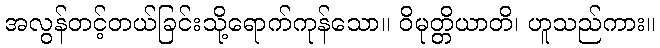
အလွန်တင့်တယ်ခြင်းသို့ရောက်ကုန်သော။ ဝိမုတ္တိယာတိ၊ ဟူသည်ကား။